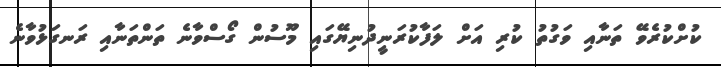
ކުށްކުރެވޭ ތަނާއި ވަގުތު ކުރި އަށް ލަފާކުރަނީދުނިޔޭގައި މޫސުން ގޯސްވާނެ ތަންތަނާއި ރަނގަޅުވާނެ